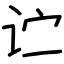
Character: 𬣞